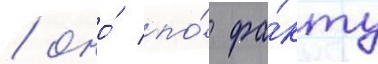
/ оно́ по́ фа́кту